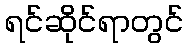
ရင်ဆိုင်ရာတွင်